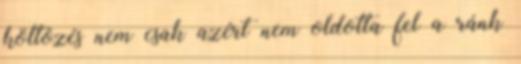
költõzés nem csak azért nem oldotta fel a ránk